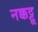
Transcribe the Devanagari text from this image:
नक्कट्टू